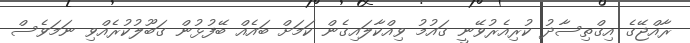
ރާއްޖޭގެ އިގްތިސާދު ކުރިއެރުވޭނީ ގައުމު ވިއްކާލައިގެން ކަމަށް ބައެއް ބޭފުޅުން ގަބޫލުކުރެއްވި ނަމަވެސް